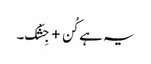
یہ ہے کُن + جِشْک۔